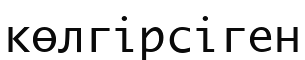
көлгірсіген